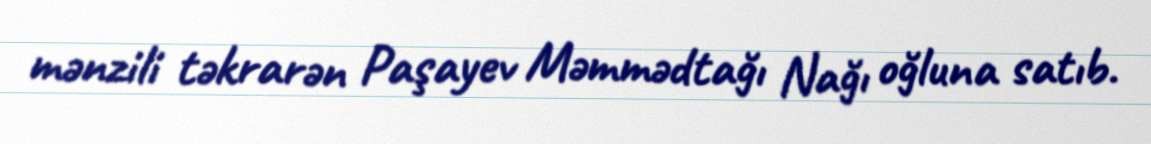
mənzili təkrarən Paşayev Məmmədtağı Nağı oğluna satıb.